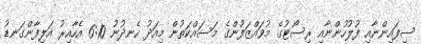
ސިފައިންނާއި ފުލުހުންނާއި ރިސޯޓުގެ މުވައްޒަފުންގެ މަސައްކަތުން މިއަދު ހެނދުނު 6:10 އެހާއިރު އަލިފާންގަނޑު